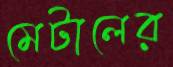
মেটালের